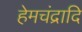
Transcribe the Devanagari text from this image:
हेमचंद्रादि